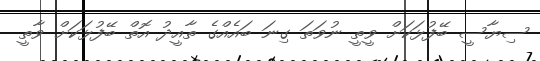
ސިޔާސީ ބޭފުޅަކަށް ވީތީ ނުވަތަ ގިނަ ބައެއްގެ ތާއީދު އޮތް ބޭފުޅަކަށް ވާތީ